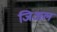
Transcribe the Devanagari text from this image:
जिअल